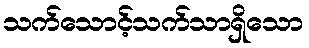
သက်သောင့်သက်သာရှိသော